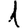
Digit: 1